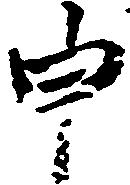
申